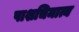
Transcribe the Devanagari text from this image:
पाशचिमात्य